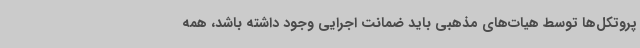
پروتکل‌ها توسط هیات‌های مذهبی باید ضمانت اجرایی وجود داشته باشد، همه